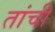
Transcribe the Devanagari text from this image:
तांची